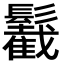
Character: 䰏